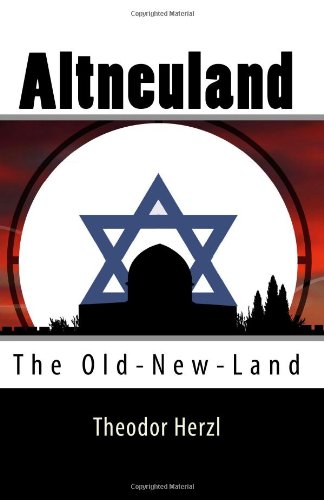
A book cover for Altneuland: The Old-New-Land; Theodor Herzl; Literature & Fiction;